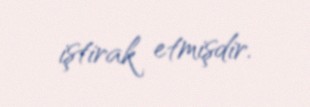
iştirak etmişdir.